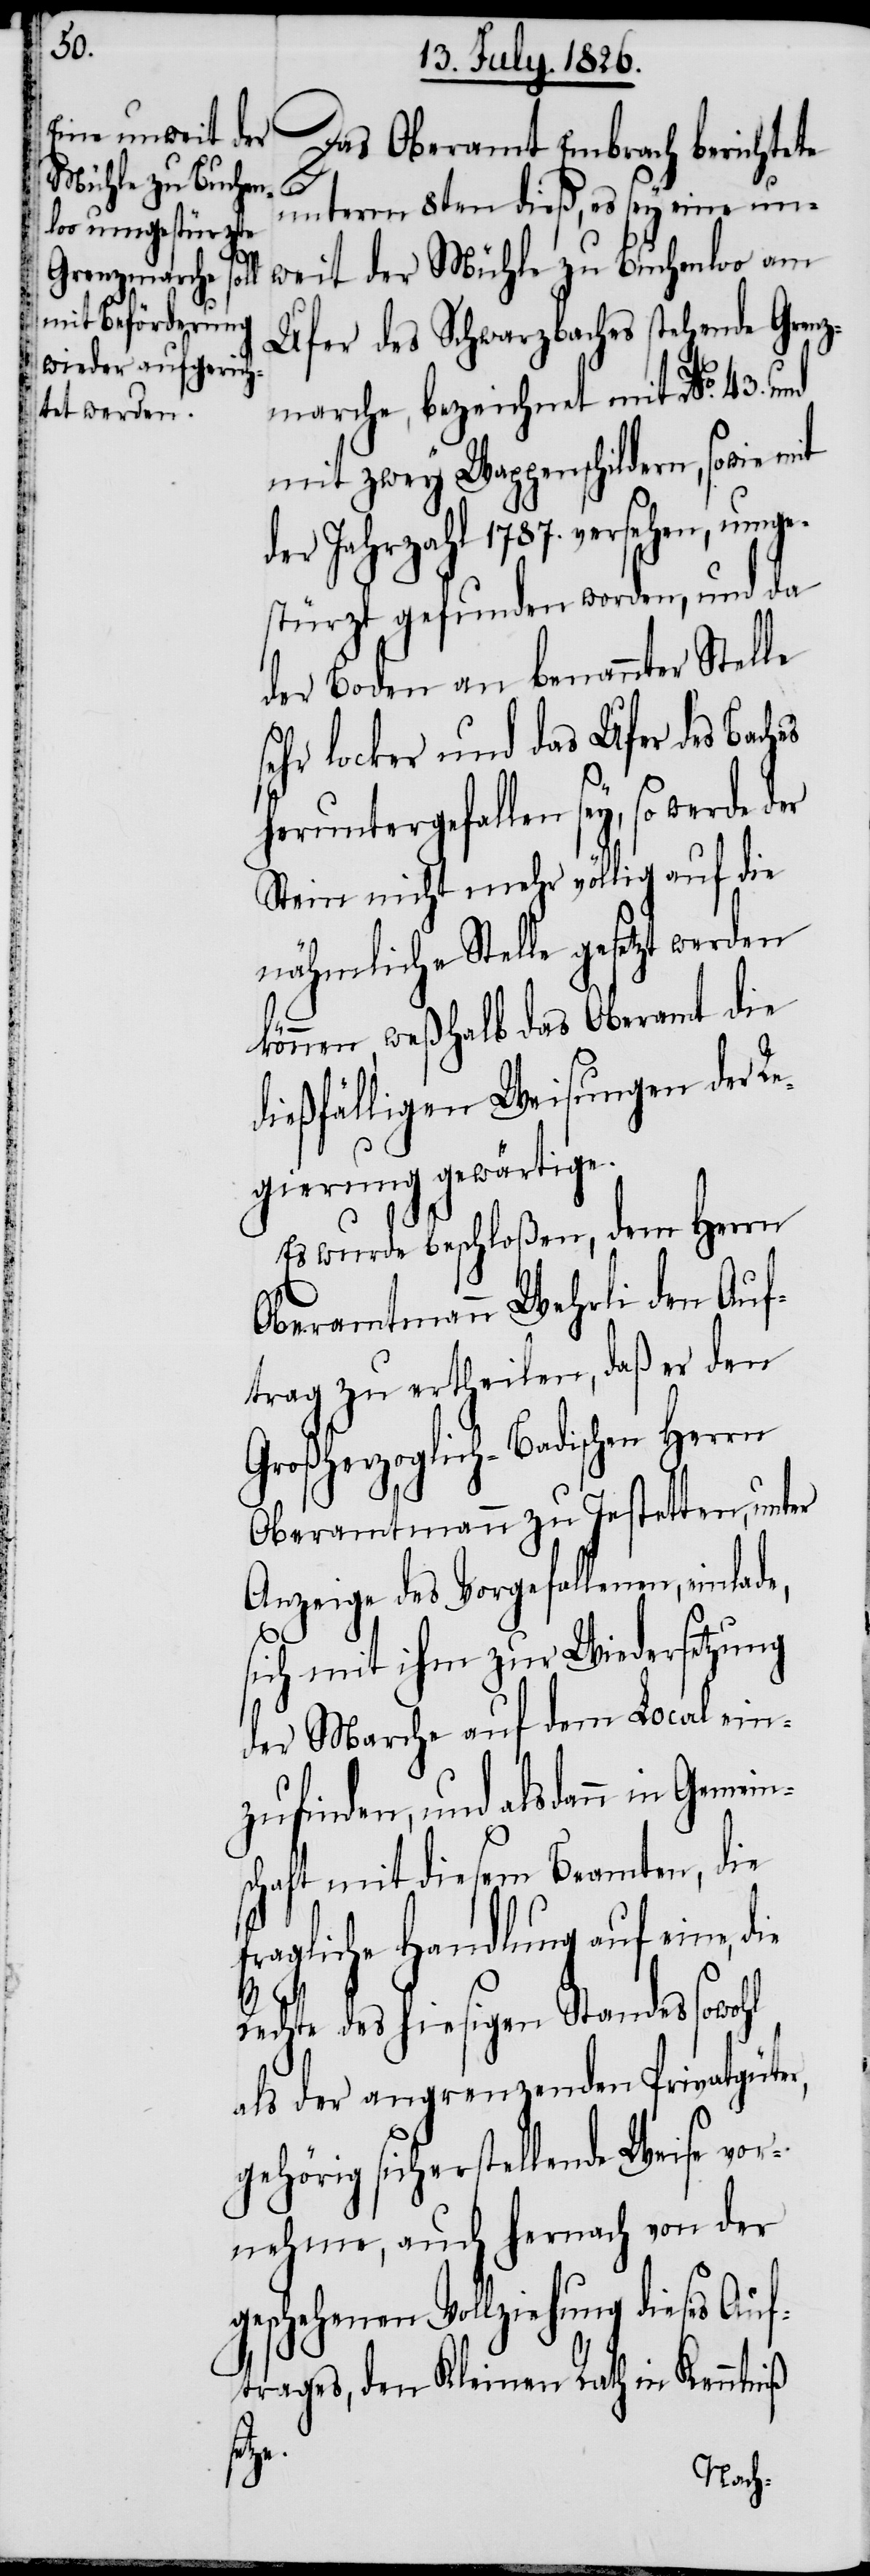
Das Oberamt Embrach berichtete
unterm 8ten dieß, es sey eine un¬
weit der Mühle zu Buchenloo am
Ufer des Schwarzbaches stehende Grenz¬
marche, bezeichnet mit No. 43. und
mit zwey Wappenschildern, sowie mit
der Jahrzahl 1787. versehen, umge¬
stürzt gefunden worden, und da
der Boden an benannter Stelle
sehr locker und das Ufer des Bach¬
heruntergefallen sey, so werde
Stein nicht mehr völlig auf die
nähmliche Stelle gesetzt werden
können, weßhalb das Oberamt die
dießfälligen Weisungen der Re¬
gierung gewärtige.
Es wurde beschloßen, dem Herrn
Oberamtmann Wehrli den Auf¬
trag zu ertheilen, daß er den
Großherzoglich-Badischen Herrn
Oberamtmann zu Jestetten, unter
Anzeige des Vorgefallenen, einlad¬
sich mit ihm zur Wiedersetzung
der Marche auf dem Local ein¬
zufinden, und alsdann in Geme¬
schaft mit diesem Beamten, die
fragliche Handlung auf eine,
Rechte des hiesigen Standes sowohl
als der angrenzenden Privatgüter,
gehörig sicherstellende Weise vor¬
nehme, auch hernach von der
geschehenen Vollziehung dieses Auf¬
trages, den Kleinen Rath in Kenntniß
tze.